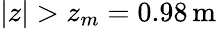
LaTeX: \left|z\right|>z_{m}=0.98\, \mathrm{m}